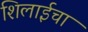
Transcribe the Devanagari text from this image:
शिलाईचा